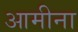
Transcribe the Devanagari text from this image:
आमीना